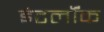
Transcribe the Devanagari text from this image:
इंटर्लॉक